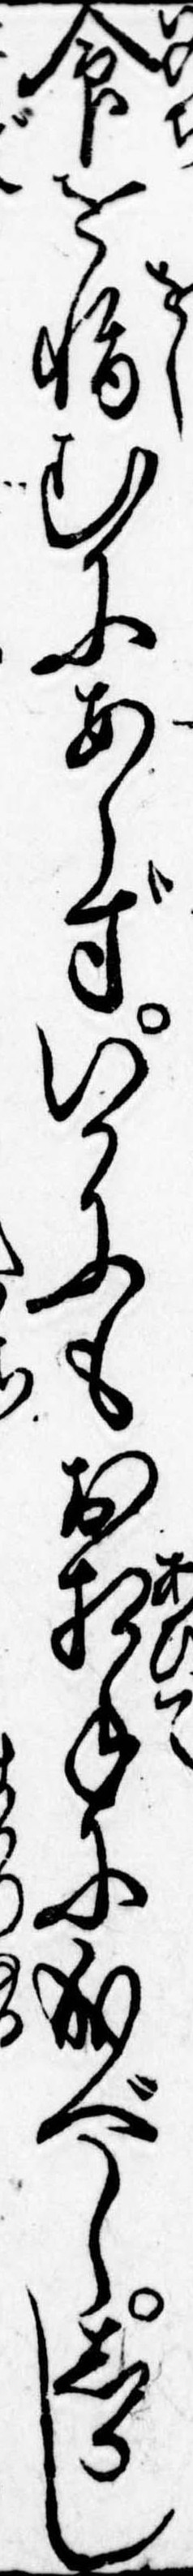
命を惜むにあらずいかにもお相手に成べししかし